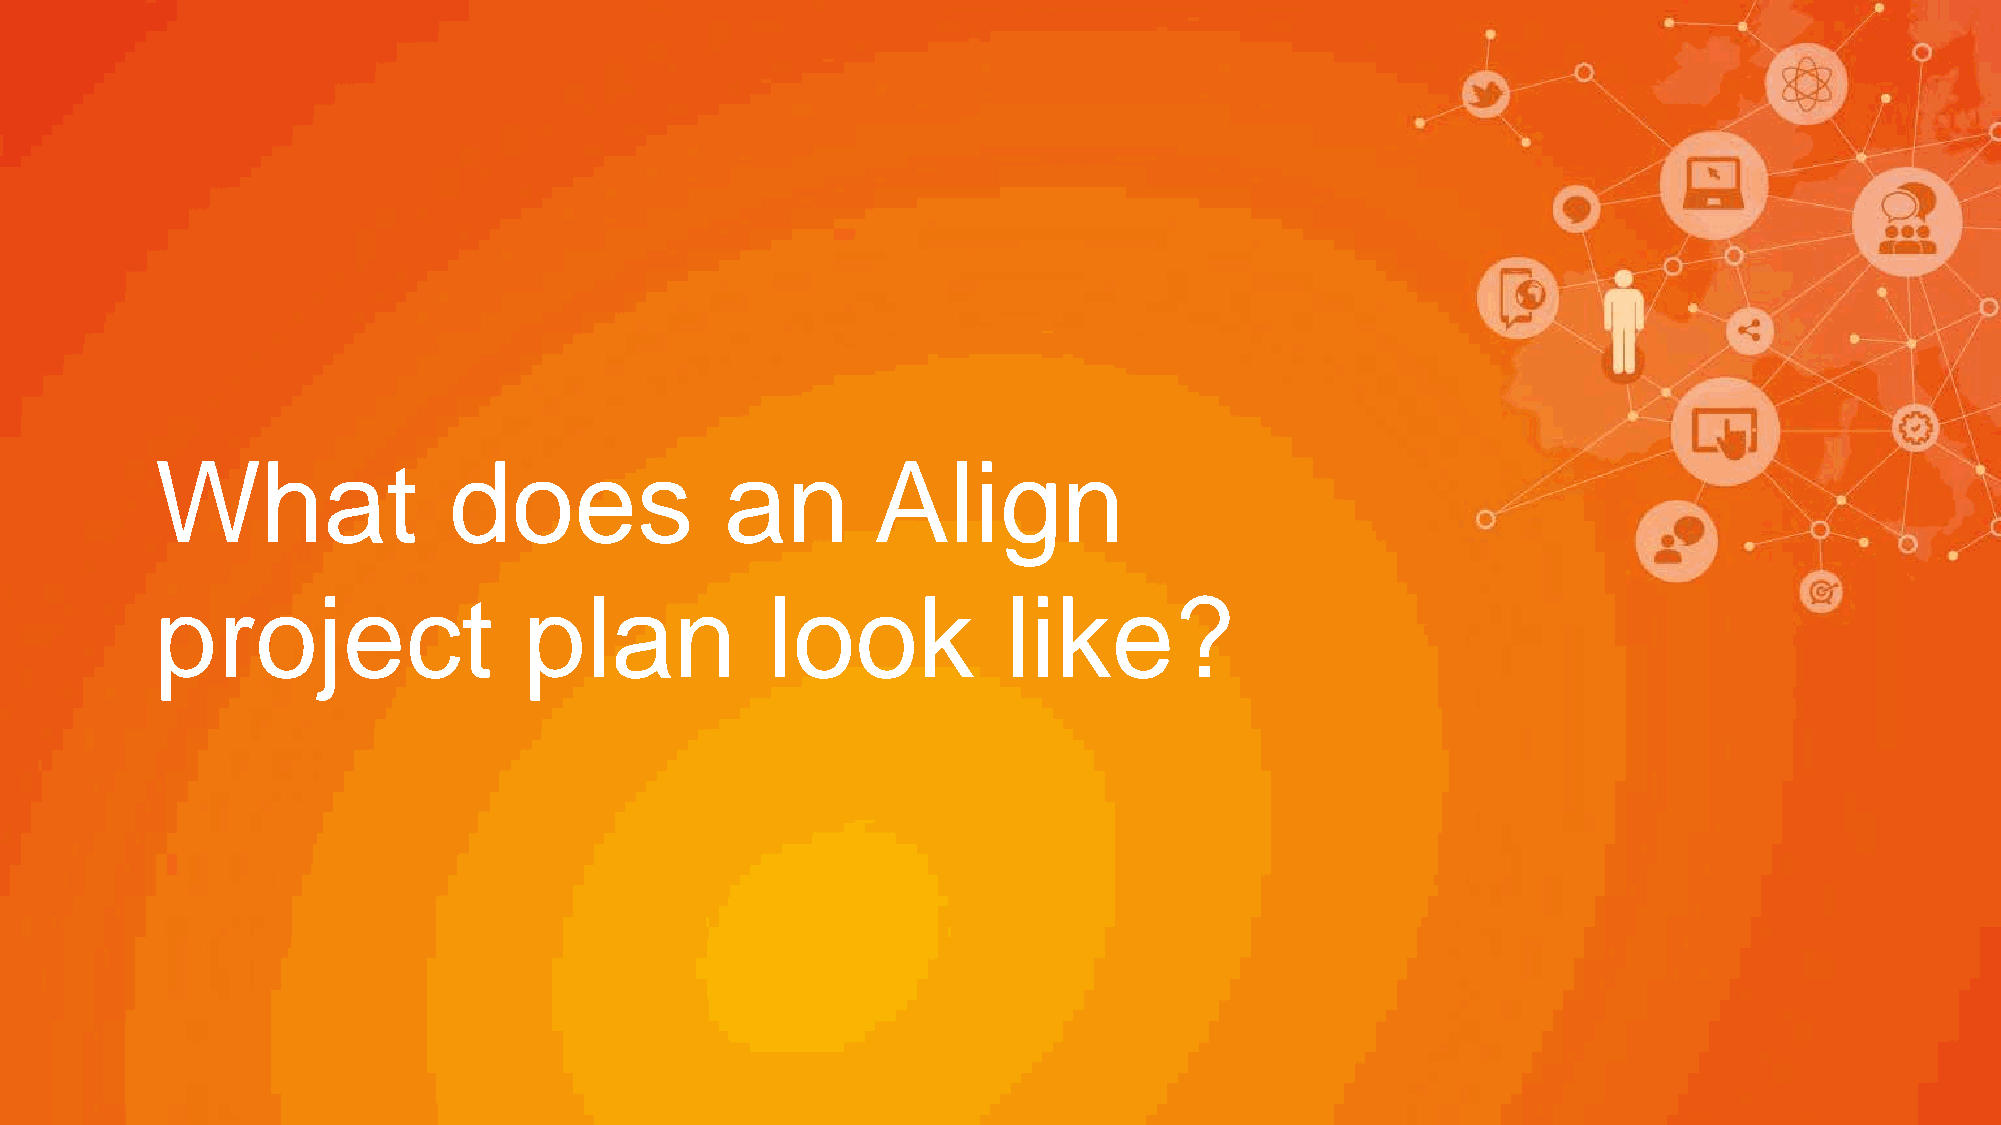
What                does              an        Align
 project                  plan            look            like?